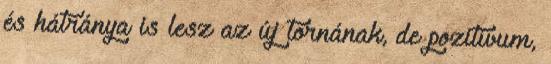
és hátránya is lesz az új tornának, de pozitívum,